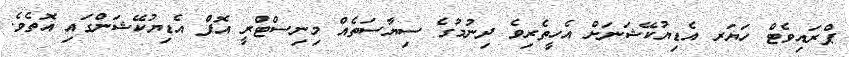
ޕްރައިވެޓް ހަޔަރ އެޑިޔުކޭޝަނަށް އެހީތެރިވެ ދިނުމުގެ ސިޔާސަތެއް މިނިސްޓްރީ އޮފް އެޑިޔުކޭޝަންގައި އޮތެވެ.